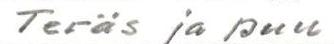
Teräs ja puu